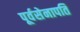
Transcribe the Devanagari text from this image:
पूर्वसेनापति